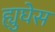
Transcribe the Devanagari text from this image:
ह्युघेस